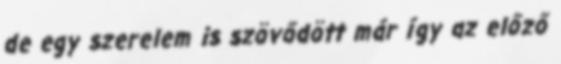
de egy szerelem is szövődött már így az előző